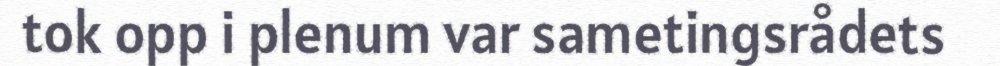
tok opp i plenum var sametingsrådets